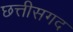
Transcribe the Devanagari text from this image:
छत्तीसगद